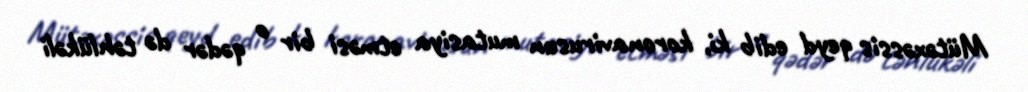
Mütəxəssis qeyd edib ki, koronavirusun mutasiya etməsi bir o qədər də təhlükəli